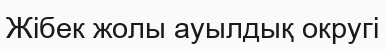
Жібек жолы ауылдық округі